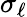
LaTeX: \sigma_{\ell}